Senior Leaving Certificate Examination (including Day School Certificate (Higher) General paper), 1947
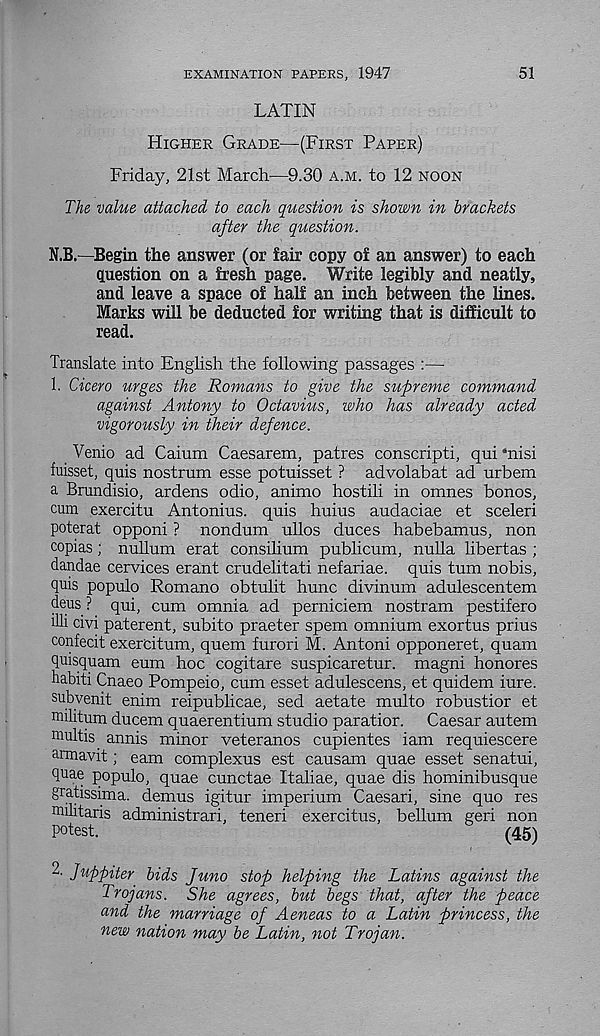
EXAMINATION PAPERS, 1947
51
LATIN
Higher Grade—(First Paper)
Friday, 21st March—9.30 a.m. to 12 noon
The. value attached to each question is shown in brackets
after the question.
N.B.—Begin the answer (or fair copy of an answer) to each
question on a fresh page. Write legibly and neatly,
and leave a space of half an inch between the lines.
Marks will be deducted for writing that is difficult to
read.
Translate into English the following passages :—
1. Cicero urges the Romans to give the supreme command
against Antony to Octavius, who has already acted
vigorously in their defence.
Venio ad Caium Caesarem, patres conscripti, qui ‘nisi
fuisset, quis nostrum esse potuisset ? advolabat ad urbem
a Brundisio, ardens odio, animo hostili in omnes bonos,
cum exercitu Antonins, quis huius audaciae et sceleri
poterat opponi ? nondum ullos duces habebamus, non
copias; nullum erat consilium publicum, nulla libertas ;
dandae cervices erant crudelitati nefariae. quis turn nobis,
quis populo Romano obtulit hunc divinum adulescentem
deus? qui, cum omnia ad perniciem nostram pestifero
illi civi paterent, subito praeter spem omnium exortus prius
confecit exercitum, quem furori M. Antoni opponeret, quam
quisquam eum hoc cogitare suspicaretur. magni honores
habiti Cnaeo Pompeio, cum esset adulescens, et quidem iure.
subvenit enim reipublicae, sed aetate multo robustior et
militum ducem quaerentium studio paratior. Caesar autem
nrultis annis minor veteranos cupientes iam requiescere
annavit; earn complexus est causam quae esset senatui,
quae populo, quae cunctae Italiae, quae dis hominibusque
gratissima. demus igitur imperium Caesari, sine quo res
militaris administrari, teneri exercitus, bellum geri non
potest.
(45)
2. Juppiter bids Juno stop helping the Latins against the
Trojans. She agrees, but begs that, after the peace
and the marriage of Aeneas to a Latin princess, the
new nation may be Latin, not Trojan.